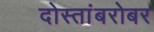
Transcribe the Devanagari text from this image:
दोस्तांबरोबर